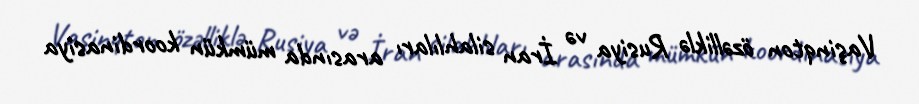
Vaşinqton özəlliklə Rusiya və İran silahlıları arasında mümkün koordinasiya